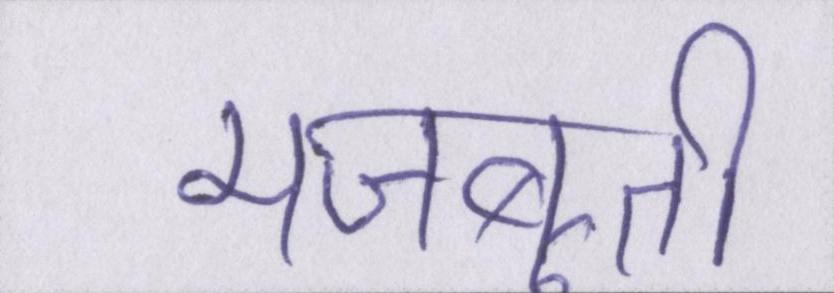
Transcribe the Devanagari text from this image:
मजबूती